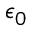
\epsilon _ { 0 }